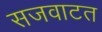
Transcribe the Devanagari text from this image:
सजवाटत